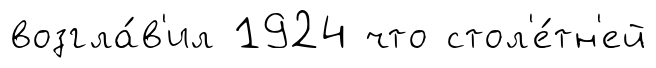
возгла́в'ил 1924 что стол'е́тн'ей